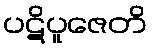
ပဋိပူဇေတိ